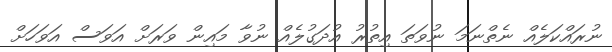
ނުރައްކަލެއް ނެތްނަމަ ނުވަތަ އިތުރު އުދަގުލެއް ނުވާ މައިން ވަރަށް އަވަސް އަވަހަށް